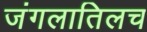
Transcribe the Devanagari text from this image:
जंगलातिलच